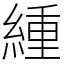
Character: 緟